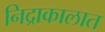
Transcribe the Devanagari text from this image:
निद्राकालात